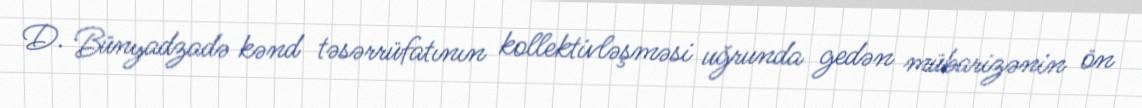
D. Bünyadzadə kənd təsərrüfatının kollektivləşməsi uğrunda gedən mübarizənin ön